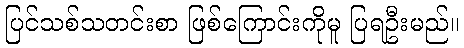
ပြင်သစ်သတင်းစာ ဖြစ်ကြောင်းကိုမူ ပြရဦးမည်။